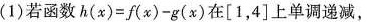
(1)若函数$$h(x)=f(x)-g(x)$$在[1，4]上单调递减，